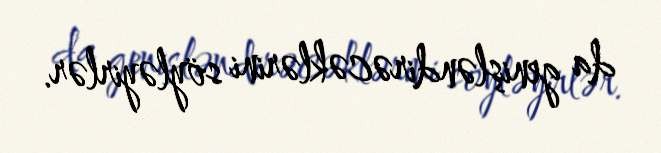
da genişləndirəcəklərini söyləyirlər.